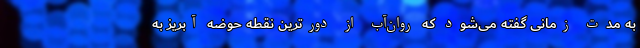
به مدت زمانی گفته می‌شود که روان‌آب از دورترین نقطه حوضه آبریز به